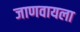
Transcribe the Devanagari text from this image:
जाणवायला